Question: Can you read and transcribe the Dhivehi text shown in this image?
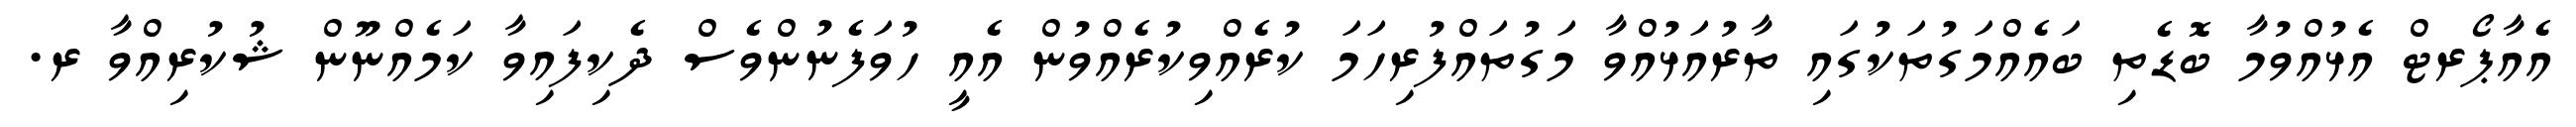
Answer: އެއާޕޯރޓް އެޅުއްވުމާ ބޮޑެތި ބައެއްމަގުތަކުގައި ތާރުއަޅުއްވާ މަގުތައްފުރިހަމަ ކުރެއްވިކުރެއްވުން އެއީ ހުވަފެނުންވެސް ދެކިފައިވާ ކަމެއްނޫން ޝުކުރިއްވާ ރ.